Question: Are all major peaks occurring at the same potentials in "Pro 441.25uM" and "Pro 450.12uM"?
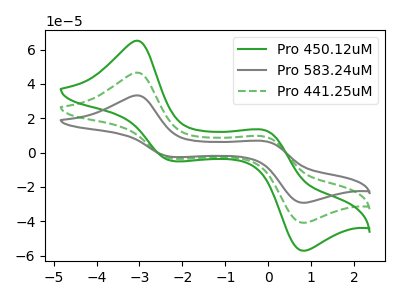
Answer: <think>The green curve "Pro 450.12uM" has anodic peaks at (-3.05V, 93.30uA) (-0.10V, 18.60uA) and cathodic peaks at (-2.25V, -6.95uA) (0.80V, -81.80uA). The gray curve "Pro 583.24uM" has anodic peaks at (-3.05V, 33.35uA) (-0.10V, 6.65uA) and cathodic peaks at (-2.25V, -2.50uA) (0.80V, -29.25uA). The green dashed curve "Pro 441.25uM" has anodic peaks at (-3.05V, 46.65uA) (-0.10V, 9.30uA) and cathodic peaks at (-2.25V, -3.50uA) (0.80V, -40.90uA).</think>
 <answer>Yes, "Pro 441.25uM" have a peak in "Pro 450.12uM" at the same potential.</answer>
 <eval>match</eval>